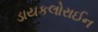
ડાયકલોરાઈન